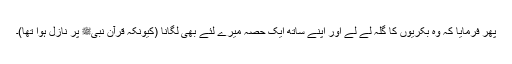
پھر فرمایا کہ وہ بکریوں کا گلہ لے لے اور اپنے ساتھ ایک حصہ میرے لئے بھی لگانا (کیونکہ قرآن نبیﷺ پر نازل ہوا تھا)۔